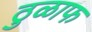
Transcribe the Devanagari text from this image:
ठुळाफ